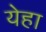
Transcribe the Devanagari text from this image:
येहा